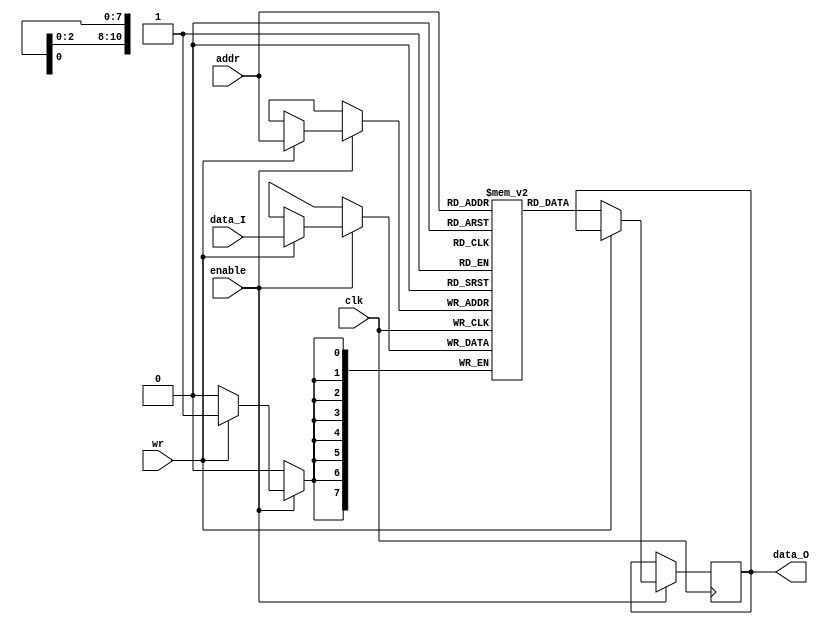
module SRAM (data_O, data_I, clk, addr, wr, enable);
	output reg [7:0] data_O;
	input [7:0] data_I;
	input [10:0] addr;
	input wr, enable, clk; // wr: 1 for write, 0 for read
	
	reg [7:0] m[2047:0];

	
	always@(posedge clk)
	if(enable) begin
	if(wr)
	m[addr] <= data_I; // write
	else
	data_O <= m[addr]; // read
	end
endmodule